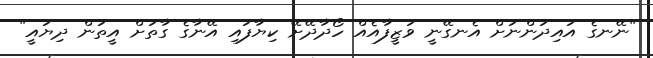
"ނޭނގެ އައިދަންނަށް އެނގޭނީ ވަޒީފާއެއް ހޯދާދޭށޭ ކިޔާފައި އޭނާގެ ގާތަށް އީތަން ދިޔައީ"